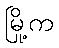
မြို့က